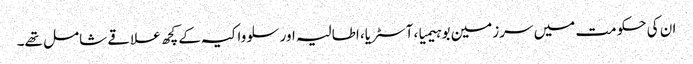
ان کی حکومت میں سرزمین بوہیمیا، آسٹریا، اطالیہ اور سلوواکیہ کے کچھ علاقے شامل تھے۔